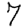
Digit: 7